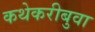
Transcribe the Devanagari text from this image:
कथेकरीबुवा